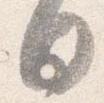
日